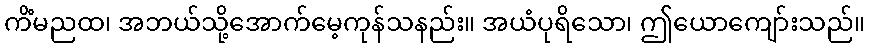
ကိံမညထ၊ အဘယ်သို့အောက်မေ့ကုန်သနည်း။ အယံပုရိသော၊ ဤယောကျော်းသည်။